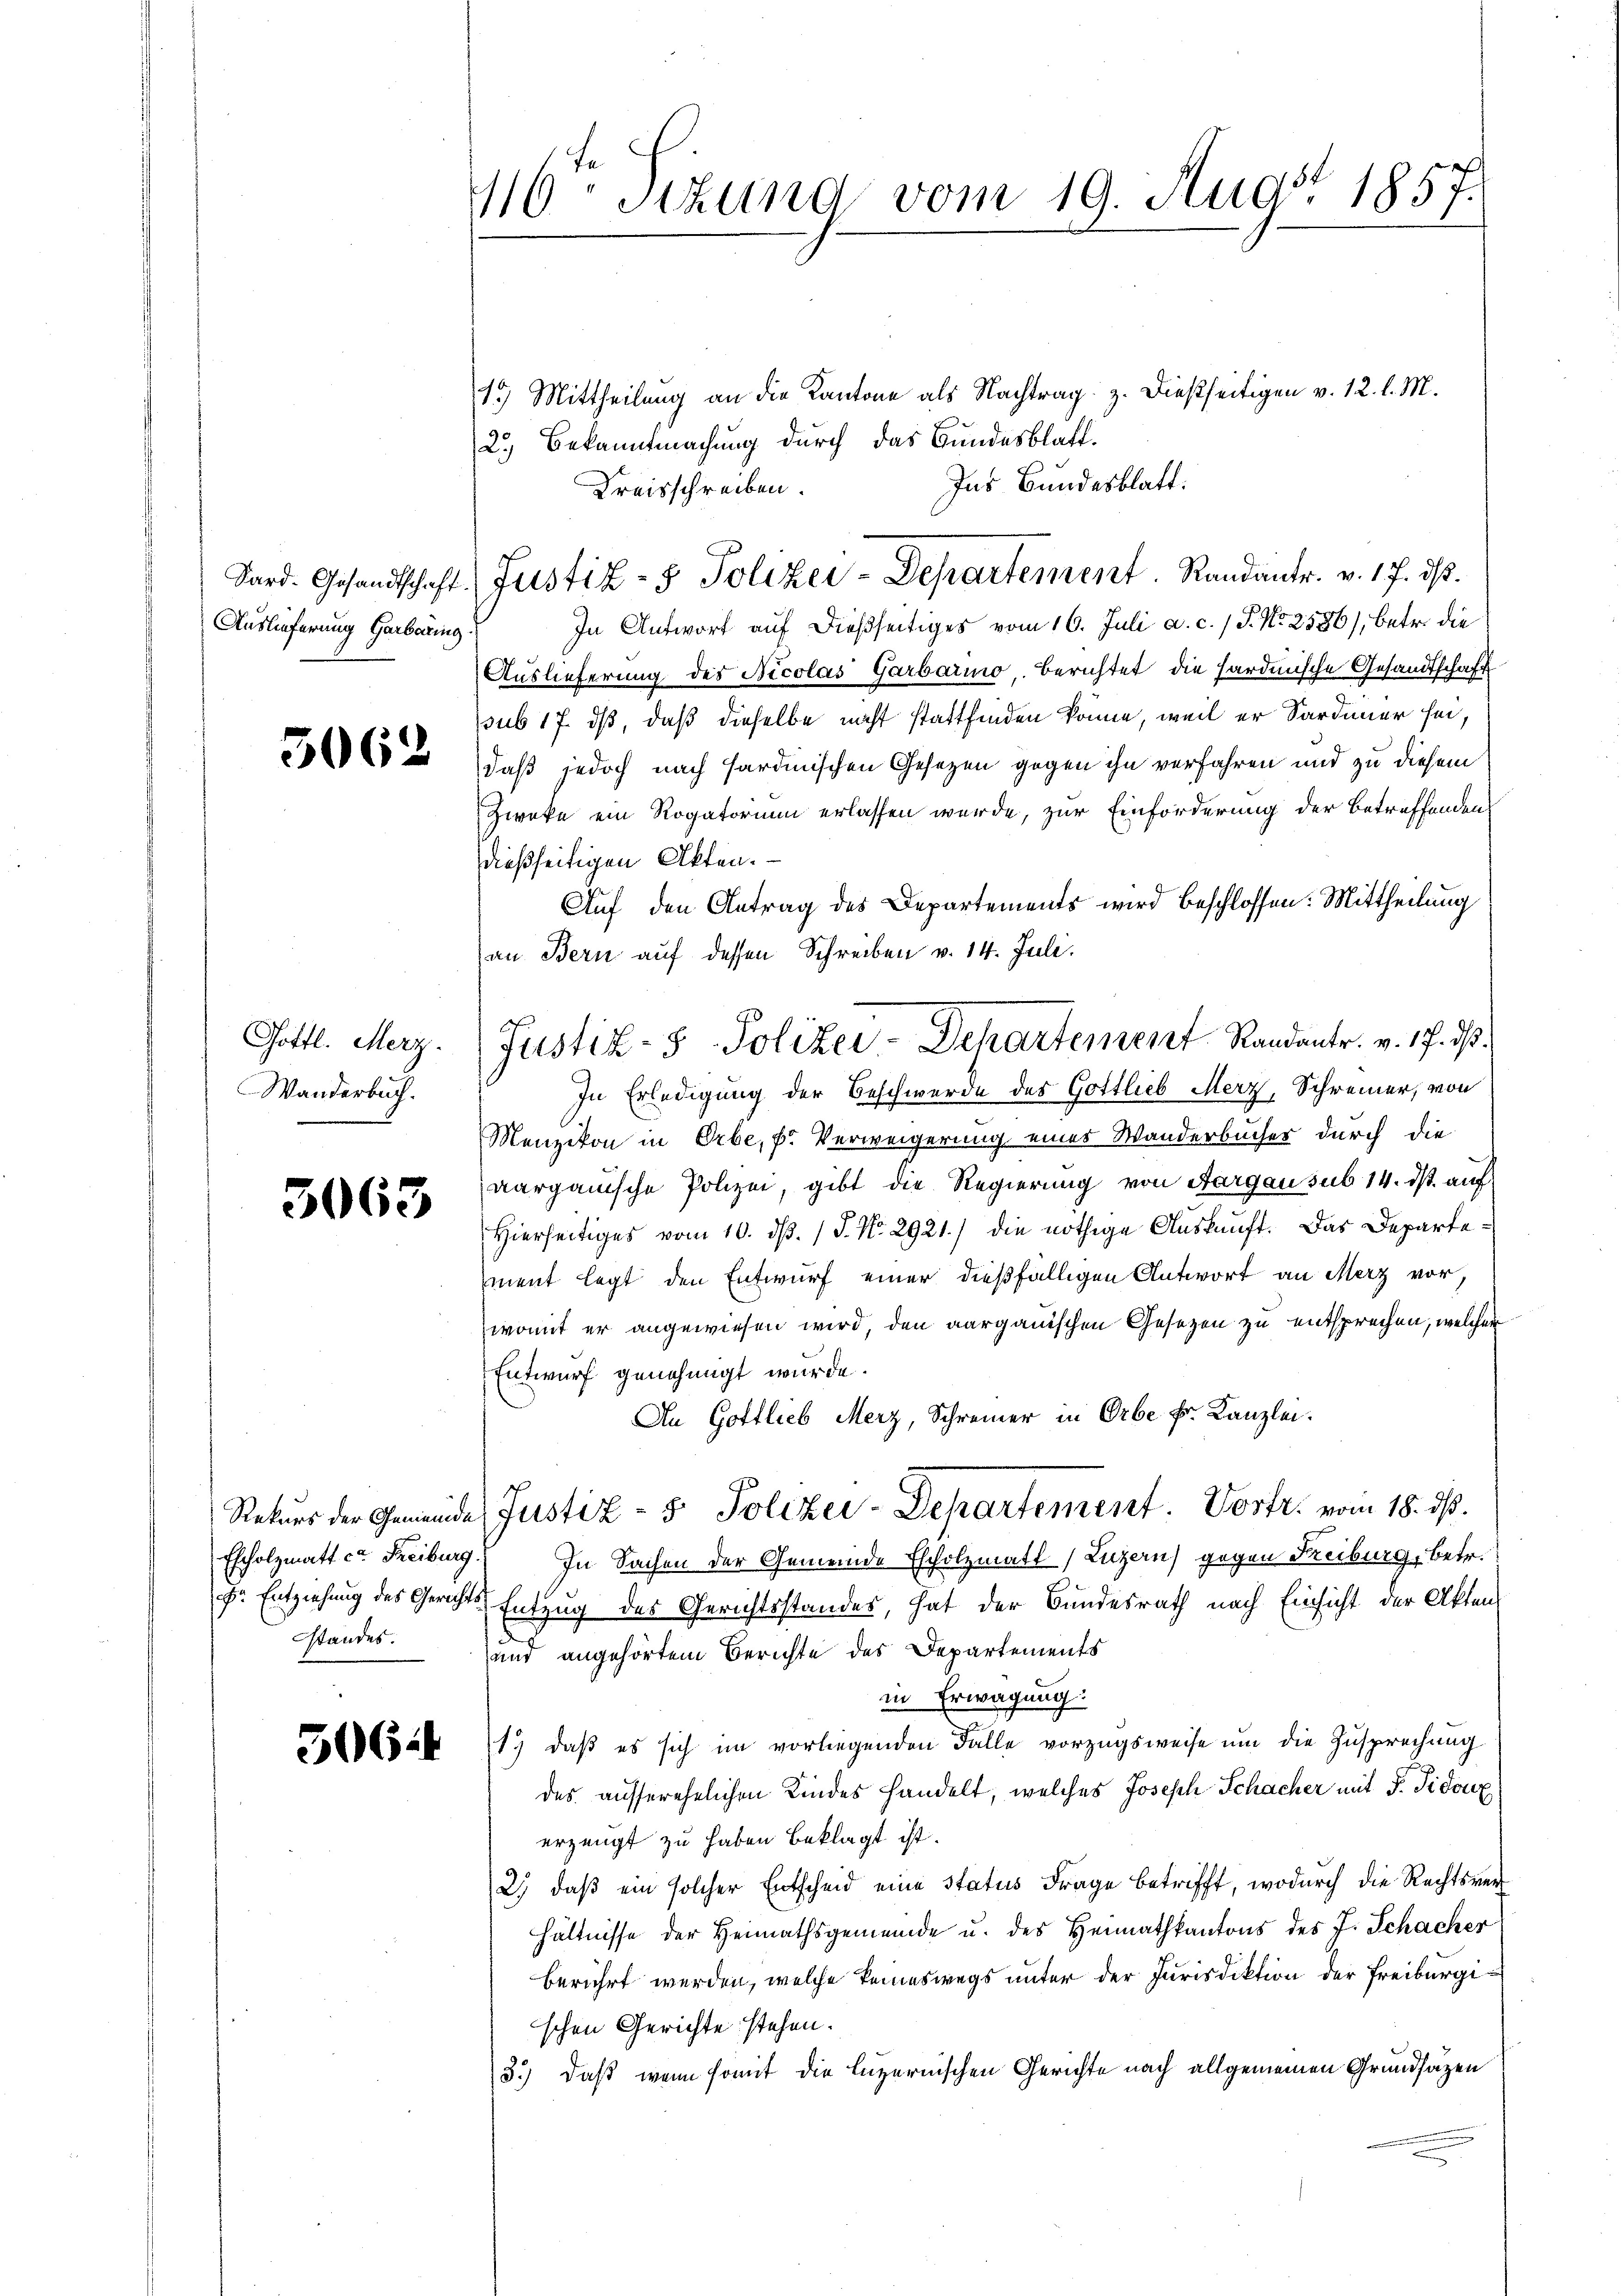
Sard. Gesandtschaft.
Auslieferung Garbarung

5062

Gottl. Merz.
Wanderbuch.

3063

5064

10 Sitzung vom 19. Aug. 1857.

13) Mittheilung an die Kantone als Nachtrag z. dießseitigen v. 12. l. M.
2.) Bekanntmachung durch das Bundesblatt.
Ins Bundesblatt.
Kreisschreiben.
In Antwort auf dießseitiges vom 16. Juli a. c. / J. No 2586), betr. die
Auslieferung des Nicolas Garbario, Berichtet die Hardinische Gesandtschaft
pub 17. ds, daß dieselbe nicht stattfinden könne, weil er Sardiner sei,
daß jedoch nach Hardinischen Gesezen gegen ihn verfahren und zu diesem
Zweke ein Rogatorium erlassen wurde, zur Einforderung der Betreffenden
dießseitigen Akten.
Auf den Antrag des Departements wird beschlossen: Mittheilung
an Bern auf dessen Schreiben v. 14. Juli.
In Erledigung der Beschwerde des Gottlieb Merz, Schreiner, von
Menzikon in Erbe, pr Verweigerung eines Wanderbücher durch die
aargauische Polizei, gibt die Regierung von Aargau sub 14. ds. auf
Hierseitiges vom 10. dß. / J. No. 2921.) die nöthige Auskauft. Das Departement legt den Entwurf einer dießfälligen Antwort an Merz vor,
womit er angewiesen wird, den aargauischen Gesetzen zu entsprechen, welcher
Entwurf genehmigt wurde.
An Gottlieb Merz, Schreiner in Orbe Fr. Kanzlei.
Rekurs der Gemeinde Justiz- & Polizei-Departement. Vortr. vom 18. ds.
Escholzmatt ca Freiburg. In Sachen der Gemeinde Escholzmatt (Luzern) gegen Freiburg, betr.
H. Entziehung des Gerichts Entzug des Gerichtsstandes, hat der Bundesrath nach Einsicht der Akten
standes. und angehörtem Berichte des Departements
in Erwägung:
1.) daß es sich im vorliegenden Falle vorzugsweise um die Zusprechung
des ausserehelichen Kindes handelt, welches Joseph Schacher mit F. Sidouz
erzeugt zu haben beklagt ist.
2.) daß ein solcher Entscheid eine status Frage betrifft, wodurch die Rechtsverhältnisse der Heimathsgemeinde u. des Heimatkantons des J. Schacher
berührt werden, welche keineswegs unter der Jurisdiktion der Freiburgischen Gerichte stehen.
3.) Daß wenn somit die luzernischen Gerichte nach allgemeinen Grundsätzen

Justiz- & Polizei-Departement. Randanter. v. 17. ds.

Justiz- & Polizei-Departement Randantr. v. 17. ds.